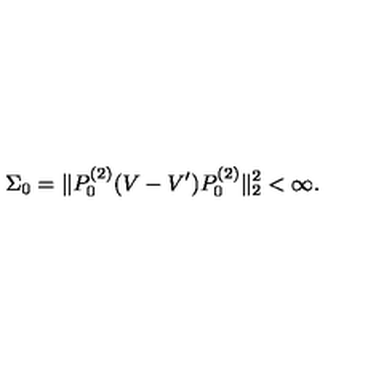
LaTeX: \Sigma _ { 0 } = \| P _ { 0 } ^ { ( 2 ) } ( V - V ^ { \prime } ) P _ { 0 } ^ { ( 2 ) } \| _ { 2 } ^ { 2 } < \infty .